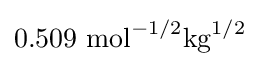
0.509{\text{ mol}}^{-1/2}{\text{kg}}^{1/2}